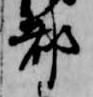
都